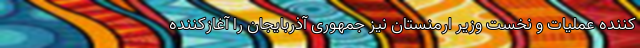
کننده عملیات و نخست وزیر ارمنستان نیز جمهوری آذربایجان را آغازکننده